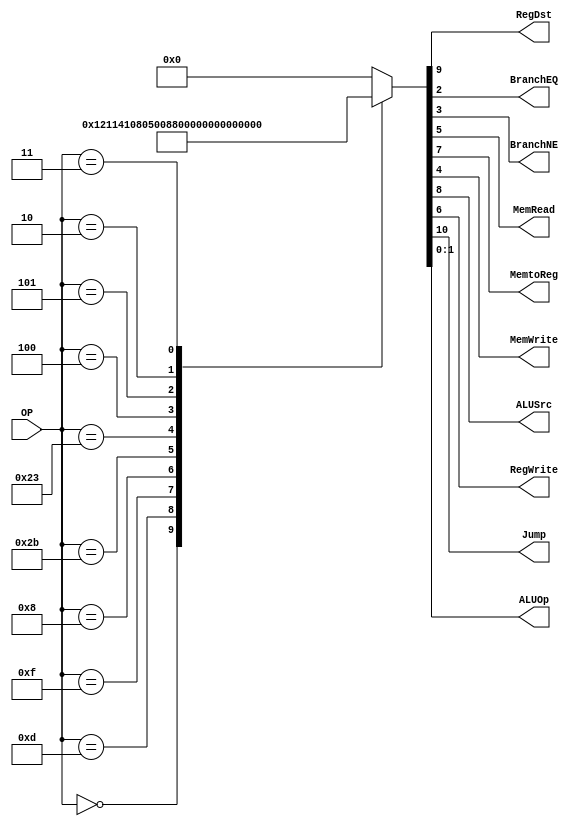
module Control
(
	input [5:0]OP,	//OPCODE 
	output RegDst,
	output BranchEQ,
	output BranchNE,
	output MemRead,
	output MemtoReg,
	output MemWrite,
	output ALUSrc,
	output RegWrite,
	output Jump,
	output [1:0]ALUOp
);
localparam R_Type =      6'h00;
localparam I_Type_ADDI = 6'h08;
localparam I_Type_ORI =  6'h0d;
localparam I_Type_LUI =  6'h0f;
localparam I_Type_BEQ =  6'h04;
localparam I_Type_BNE =  6'h05;
localparam I_Type_SW =   6'h2b;
localparam I_Type_LW =   6'h23;
localparam J_Type_Jump = 6'h02;
localparam J_Type_Jal =  6'h03;

reg [10:0] ControlValues;
//00 ADITION
//01 SUBSTRACITON
//10 FUNCT
always@(OP) begin
	casex(OP)
		R_Type:        ControlValues=  11'b01_001_00_00_10; 
		I_Type_ORI: 	ControlValues = 11'b00_101_00_00_01;
		I_Type_LUI: 	ControlValues = 11'b00_001_00_00_00;	
		I_Type_ADDI: 	ControlValues = 11'b00_101_00_00_00;
		I_Type_SW:    	ControlValues = 11'b00_100_01_00_00;
		I_Type_LW:     ControlValues = 11'b00_111_10_00_00;	
		I_Type_BEQ: 	ControlValues = 11'b00_000_00_01_01;
		I_Type_BNE: 	ControlValues = 11'b00_100_00_10_01;
		J_Type_Jump: 	ControlValues = 11'b10_000_00_00_00;
		J_Type_Jal: 	ControlValues = 11'b10_001_00_00_00;
		default:
		ControlValues= 10'b0000000000;
		endcase
end	

assign Jump     = ControlValues[10];
assign RegDst   = ControlValues[9];
assign ALUSrc   = ControlValues[8];
assign MemtoReg = ControlValues[7];
assign RegWrite = ControlValues[6];
assign MemRead  = ControlValues[5];
assign MemWrite = ControlValues[4];
assign BranchNE = ControlValues[3];
assign BranchEQ = ControlValues[2];
assign ALUOp    = ControlValues[1:0];	

endmodule